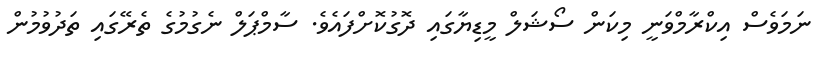
ނަމަވެސް އިކްރާމްވަނީ މިކަން ސޯޝަލް މީޑިޔާގައި ދޮގުކޮށްފައެވެ. ސާމްޕަލް ނެގުމުގެ ތެރޭގައި ތަދުވުމުން